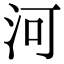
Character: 河